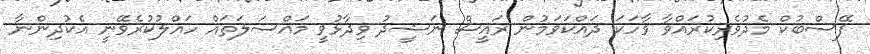
ފޭސްބުކް މެދުވެރިކުރައްވާ ވާހަކަ ދައްކަވަމުން ރައީސް ނަޝީދު ވިދާޅުވީ މައްސަލަތައް ހައްލުކުރެވޭނީ އެކުދިންނާ